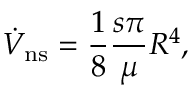
\dot { V } _ { \mathrm { n s } } = \frac { 1 } { 8 } \frac { s \pi } { \mu } R ^ { 4 } ,